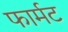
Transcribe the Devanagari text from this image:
फार्मट